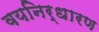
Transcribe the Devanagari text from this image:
वयनिर्धारण